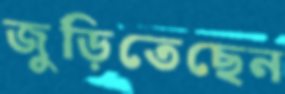
জুড়িতেছেন